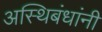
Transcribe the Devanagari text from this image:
अस्थिबंधांनी